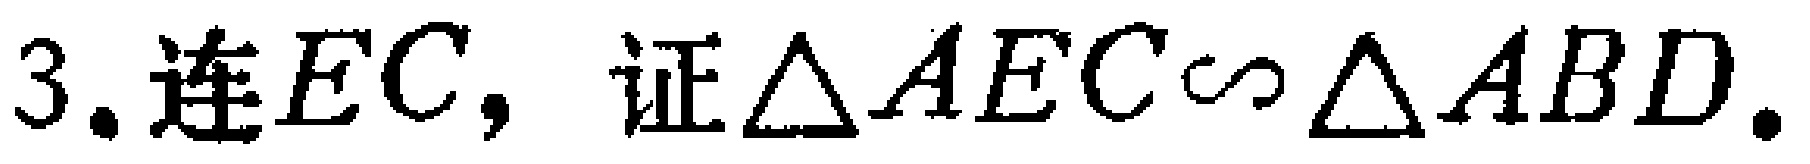
3. 连\(EC\)，证\(\triangle AEC\sim\triangle ABD\).